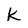
Character: k